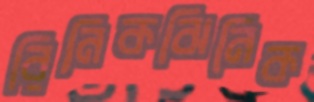
রিনিকঝিনিক